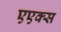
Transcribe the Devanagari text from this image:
एएक्स